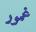
غمور